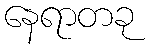
နေရာတခု